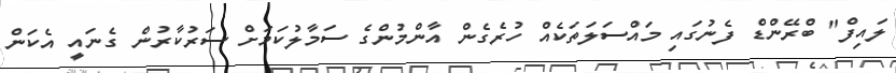
ލައިފް" ބްރޭންޑް ފެނުގައި މައްސަލަތަކެއް ހުރެގެން އާންމުންގެ ސަމާލުކަމަށް ސަރުކާރުން ގެނައީ އެކަން